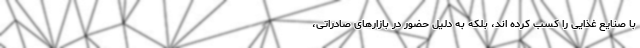
با صنایع غذایی را کسب کرده اند، بلکه به دلیل حضور در بازارهای صادراتی،